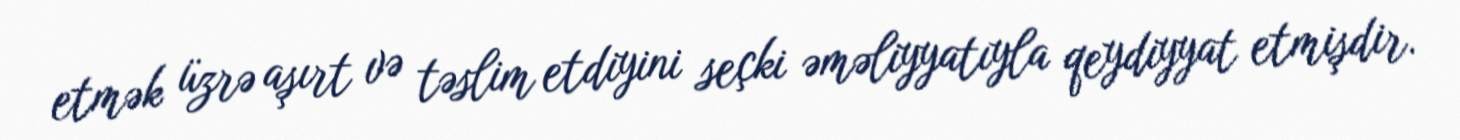
etmək üzrə aşırt və təslim etdiyini seçki əməliyyatıyla qeydiyyat etmişdir.